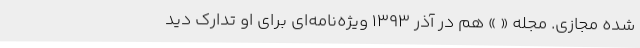
شده مجازی. مجله « » هم در آذر 1393 ویژه‌نامه‌ای برای او تدارک دید